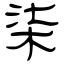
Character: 柒